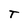
Character: T